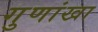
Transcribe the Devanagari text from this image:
गुणांखा